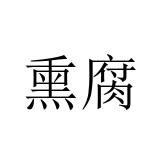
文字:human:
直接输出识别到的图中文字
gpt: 熏腐